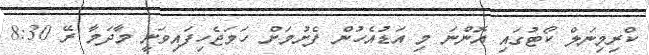
ކްރިމިނަލް ކޯޓުގައި އޮންނަ މި އަޑުއެހުން ފެށުމަށް ހަމަޖެހިފައިވަނީ މާދަމާ ރޭ 8:30